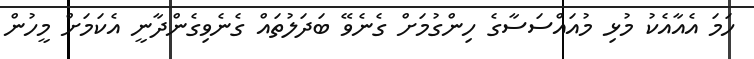
ހަމަ އެއާއެކު މުޅި މުއައްސަސާގެ ހިންގުމަށް ގެނެވޭ ބަދަލުތައް ގެނެވިގެންދާނީ އެކަމަށް މީހުން